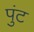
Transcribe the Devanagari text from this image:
पुंट